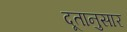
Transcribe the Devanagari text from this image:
दूतानुसार